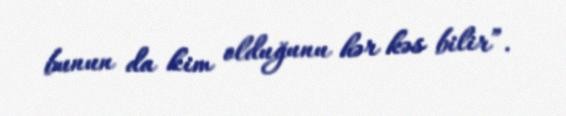
bunun da kim olduğunu hər kəs bilir”.